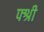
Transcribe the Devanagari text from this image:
फ्श्री